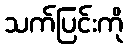
သက်ပြင်းကို